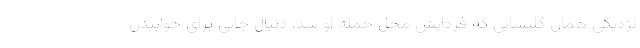
نزدیکی همان کلیسایی که فردایش محل حمله او شد، دنبال جایی برای خوابیدن